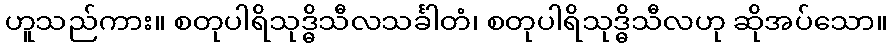
ဟူသည်ကား။ စတုပါရိသုဒ္ဓိသီလသင်္ခါတံ၊ စတုပါရိသုဒ္ဓိသီလဟု ဆိုအပ်သော။